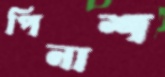
পিনাশ